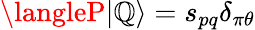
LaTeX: \langleP|\mathbb{Q}\rangle=s_{pq}\delta_{\pi\theta}